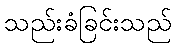
သည်းခံခြင်းသည်